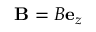
\mathbf { B } = B \mathbf { e } _ { z }